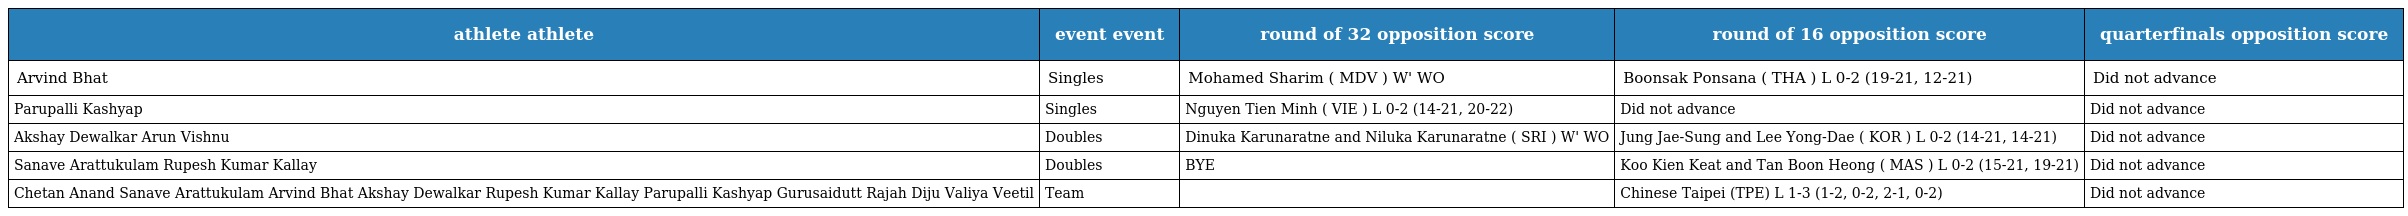
| athlete athlete | event event | round of 32 opposition score | round of 16 opposition score | quarterfinals opposition score |
 | --- | --- | --- | --- | --- |
 | Arvind Bhat | Singles | Mohamed Sharim ( MDV ) W' WO | Boonsak Ponsana ( THA ) L 0-2 (19-21, 12-21) | Did not advance |
 | Parupalli Kashyap | Singles | Nguyen Tien Minh ( VIE ) L 0-2 (14-21, 20-22) | Did not advance | Did not advance |
 | Akshay Dewalkar Arun Vishnu | Doubles | Dinuka Karunaratne and Niluka Karunaratne ( SRI ) W' WO | Jung Jae-Sung and Lee Yong-Dae ( KOR ) L 0-2 (14-21, 14-21) | Did not advance |
 | Sanave Arattukulam Rupesh Kumar Kallay | Doubles | BYE | Koo Kien Keat and Tan Boon Heong ( MAS ) L 0-2 (15-21, 19-21) | Did not advance |
 | Chetan Anand Sanave Arattukulam Arvind Bhat Akshay Dewalkar Rupesh Kumar Kallay Parupalli Kashyap Gurusaidutt Rajah Diju Valiya Veetil | Team |  | Chinese Taipei (TPE) L 1-3 (1-2, 0-2, 2-1, 0-2) | Did not advance |